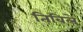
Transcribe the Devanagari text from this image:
तिबिले